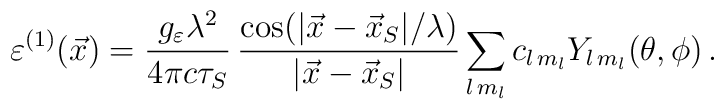
\varepsilon^{(1)}(\vec{x}) = \frac{g_\varepsilon \lambda^2}{4\pi c \tau_S}\, \frac{\cos (|\vec{x}-\vec{x}_S| /\lambda)}{|\vec{x}-\vec{x}_S|}\sum_{l\, m_l} c_{l\, m_l} Y_{l\,m_l}(\theta,\phi)\,.